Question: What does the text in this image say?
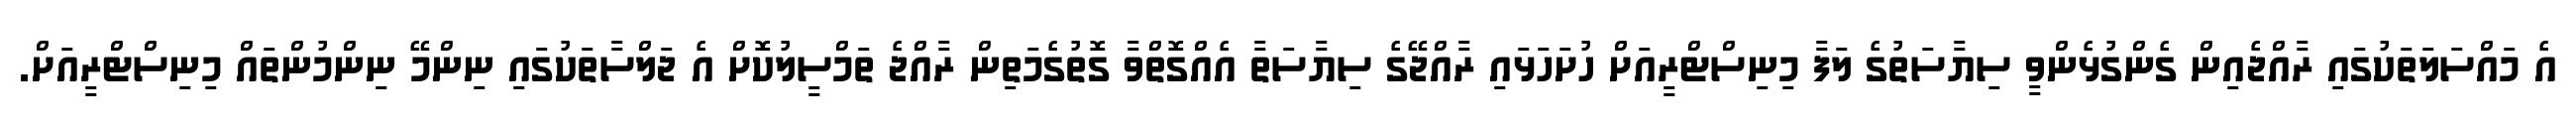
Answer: އެ މައްސަލަތަކުގައި ރާއްޖެއިން ގެންގުޅެންވީ ސިޔާސަތުގެ ލަފާ މިނިސްޓްރީއަށް ހުށަހަޅައި ރާއްޖޭގެ ސިޔާސަތާ އެއްގޮތްވާ ގޮތުގެމަތިން ރާއްޖެ ތަމްސީލުކޮށް އެ ޖަލްސާތަކުގައި ނިންމޭ ނިންމުންތައް މިނިސްޓްރީއަށް.